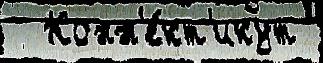
  Конн'е́кт'икут